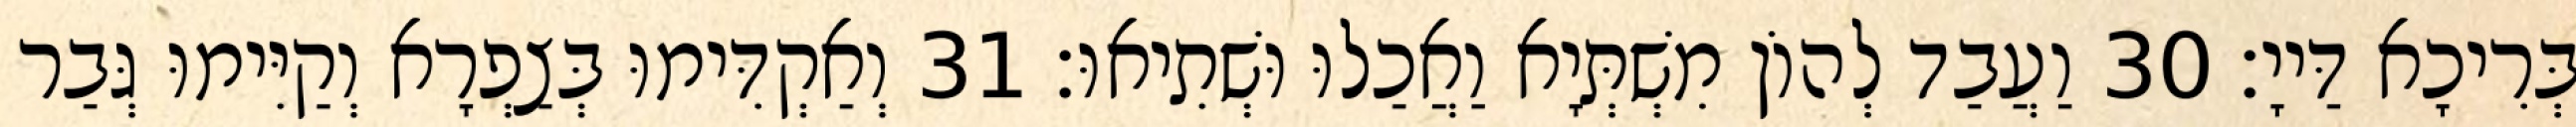
בְּרִיכָא דַּייָ׃ 30 וַעֲבַד לְהוֹן מִשְׁתְּיָא וַאֲכַלוּ וּשְׁתִיאוּ׃ 31 וְאַקְדִּימוּ בְּצַפְרָא וְקַיִּימוּ גְּבַר